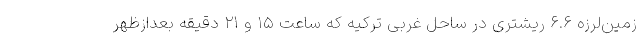
زمین‌لرزه ۶.۶ ریشتری در ساحل غربی ترکیه که ساعت ۱۵ و ۲۱ دقیقه بعدازظهر